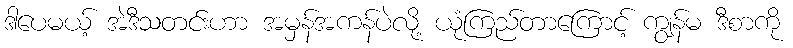
ဒါပေမယ့် အဲဒီသတင်းဟာ အမှန်အကန်ပဲလို့ ယုံကြည်တာကြောင့် ကျွန်မ ဒီစာကို